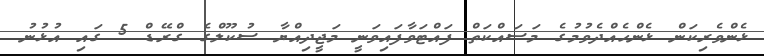
ޅެންވެރިކަން ޅެންހެއްދެވުމުގެ މަސައްކަތް ފައްޓަވާފައިވަނީ މަޖީދިއްޔާ ސުކޫލްގެ ގްރޭޑް 5 ގައި އުޅުނު